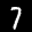
Label: 7